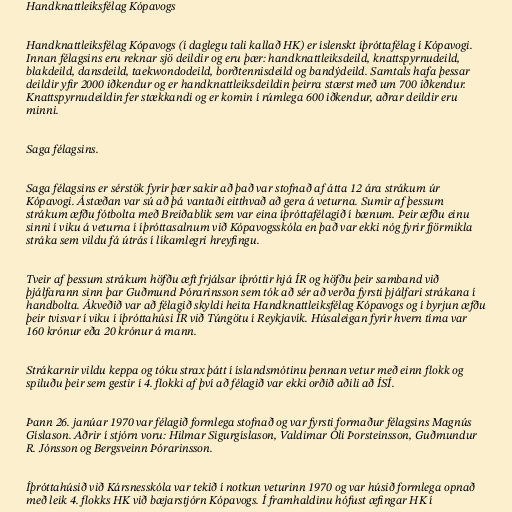
Handknattleiksfélag Kópavogs

Handknattleiksfélag Kópavogs (í daglegu tali kallað HK) er íslenskt íþróttafélag í Kópavogi.
Innan félagsins eru reknar sjö deildir og eru þær: handknattleiksdeild, knattspyrnudeild,
blakdeild, dansdeild, taekwondodeild, borðtennisdeild og bandýdeild. Samtals hafa þessar
deildir yfir 2000 iðkendur og er handknattleiksdeildin þeirra stærst með um 700 iðkendur.
Knattspyrnudeildin fer stækkandi og er komin í rúmlega 600 iðkendur, aðrar deildir eru
minni.

Saga félagsins.

Saga félagsins er sérstök fyrir þær sakir að það var stofnað af átta 12 ára strákum úr
Kópavogi. Ástæðan var sú að þá vantaði eitthvað að gera á veturna. Sumir af þessum
strákum æfðu fótbolta með Breiðablik sem var eina íþróttafélagið í bænum. Þeir æfðu einu
sinni í viku á veturna í íþróttasalnum við Kópavogsskóla en það var ekki nóg fyrir fjörmikla
stráka sem vildu fá útrás í líkamlegri hreyfingu.

Tveir af þessum strákum höfðu æft frjálsar íþróttir hjá ÍR og höfðu þeir samband við
þjálfarann sinn þar Guðmund Þórarinsson sem tók að sér að verða fyrsti þjálfari strákana í
handbolta. Ákveðið var að félagið skyldi heita Handknattleiksfélag Kópavogs og í byrjun æfðu
þeir tvisvar í viku í íþróttahúsi ÍR við Túngötu í Reykjavík. Húsaleigan fyrir hvern tíma var
160 krónur eða 20 krónur á mann.

Strákarnir vildu keppa og tóku strax þátt í íslandsmótinu þennan vetur með einn flokk og
spiluðu þeir sem gestir í 4. flokki af því að félagið var ekki orðið aðili að ÍSÍ.

Þann 26. janúar 1970 var félagið formlega stofnað og var fyrsti formaður félagsins Magnús
Gíslason. Aðrir í stjórn voru: Hilmar Sigurgíslason, Valdimar Óli Þorsteinsson, Guðmundur
R. Jónsson og Bergsveinn Þórarinsson.

Íþróttahúsið við Kársnesskóla var tekið í notkun veturinn 1970 og var húsið formlega opnað
með leik 4. flokks HK við bæjarstjórn Kópavogs. Í framhaldinu hófust æfingar HK í